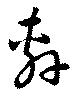
軒